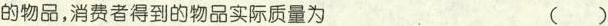
的物品，消费者得到的物品实际质量为 ()